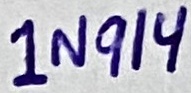
Text: 1N914